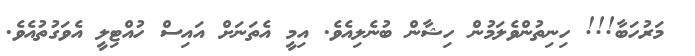
މަރުހަބާ!!! ހިނިތުންވެލަމުން ހިޝާން ބުނެލިއެވެ. އިމީ އެތަނަށް އައިސް ހުއްޓިލީ އެވަގުތުއެވެ.